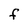
Character: F